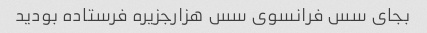
بجای سس فرانسوی سس هزارجزیره فرستاده بودید